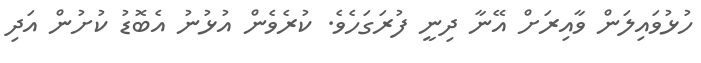
ހުޅުވައިލަން ވާއިރަށް އޭނާ ދިނީ ފުރަގަހެވެ. ކުރެވެން އުޅުނު އެބޮޑު ކުށުން އަދި